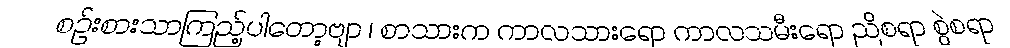
စဉ်းစားသာကြည့်ပါတော့ဗျာ ၊ စာသားက ကာလသားရော ကာလသမီးရော ညိစရာ စွဲစရာ